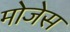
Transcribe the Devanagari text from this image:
मोजेस